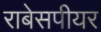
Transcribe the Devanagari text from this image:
राबेसपीयर